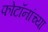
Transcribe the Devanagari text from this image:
फोटॉनांच्या